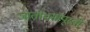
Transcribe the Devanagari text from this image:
जातीधर्मापूरती